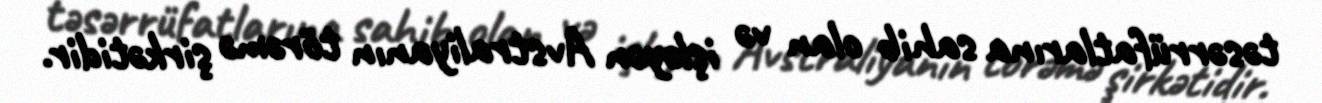
təsərrüfatlarına sahib olan və işləyən Avstraliyanın törəmə şirkətidir.